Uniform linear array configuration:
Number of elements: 4
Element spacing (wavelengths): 1
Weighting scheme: binomial
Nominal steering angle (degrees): -15
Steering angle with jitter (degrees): -13.812
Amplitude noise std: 0.05
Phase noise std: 0.05

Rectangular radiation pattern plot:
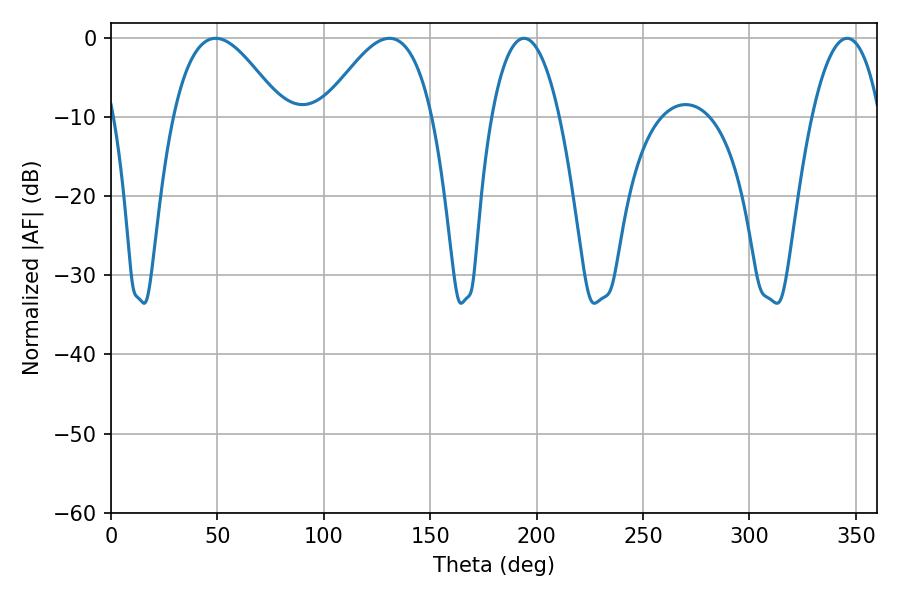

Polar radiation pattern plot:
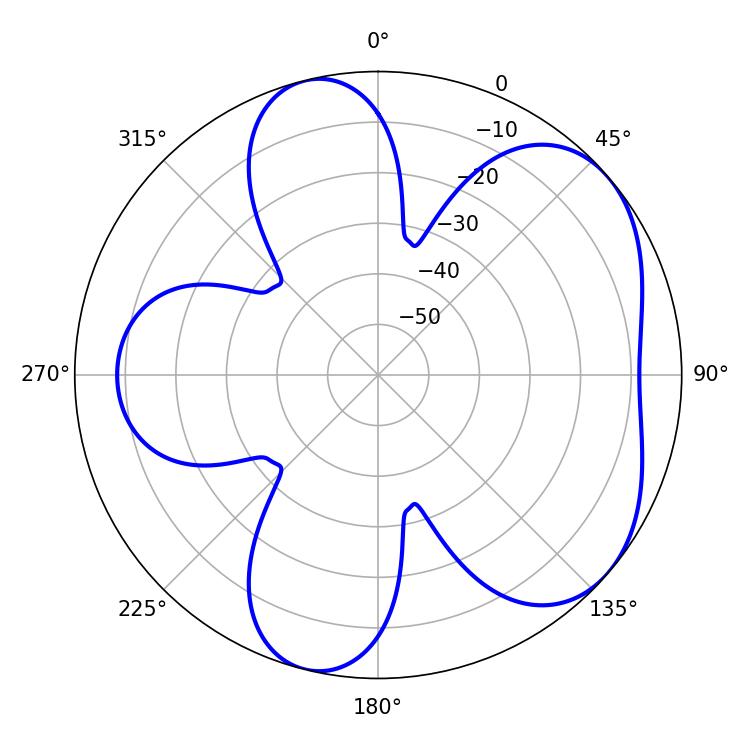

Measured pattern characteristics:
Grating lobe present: TRUE
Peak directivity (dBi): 5.099
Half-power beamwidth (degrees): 27.9
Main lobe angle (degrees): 49.14